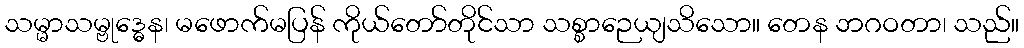
သမ္မာသမ္ဗုဒ္ဓေန၊ မဖောက်မပြန် ကိုယ်တော်တိုင်သာ သစ္စာဉေယျသိသော။ တေန ဘဂဝတာ၊ သည်။